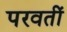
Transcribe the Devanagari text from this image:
परवतीं